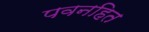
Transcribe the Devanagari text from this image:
पवनहित